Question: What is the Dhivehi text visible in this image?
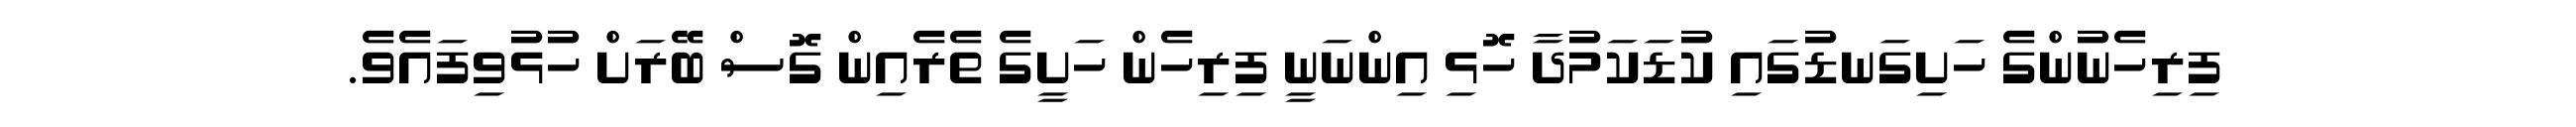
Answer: ފިރިހެނުންގެ ހަށިގަނޑުގައި ކުޑަކަމުދާ ހޮޅި އިންނަނީ ފިރިހެން ހަށީގެ ތެރެއިން ގޮސް ބޭރަށް ހުޅުވިފައެވެ.